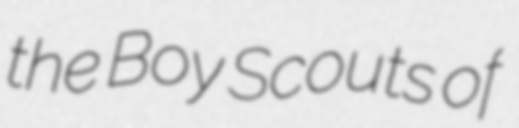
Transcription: the Boy Scouts of